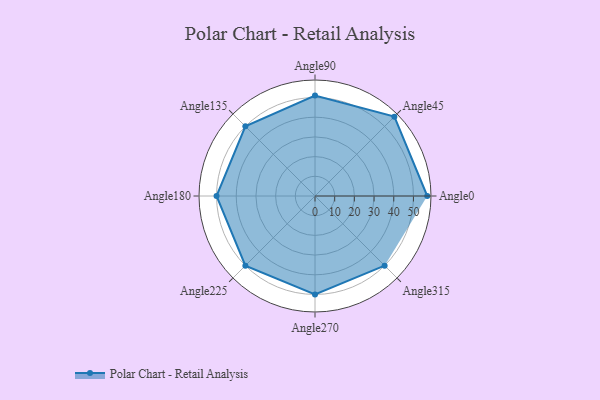
{"axis": {"x": "Angle", "y": "Radius"}, "legend": [""], "data": [{"x": "Angle0", "y": 57.0, "type": ""}, {"x": "Angle45", "y": 57.0, "type": ""}, {"x": "Angle90", "y": 51.0, "type": ""}, {"x": "Angle135", "y": 50, "type": ""}, {"x": "Angle180", "y": 50.0, "type": ""}, {"x": "Angle225", "y": 50, "type": ""}, {"x": "Angle270", "y": 50, "type": ""}, {"x": "Angle315", "y": 50, "type": ""}]}